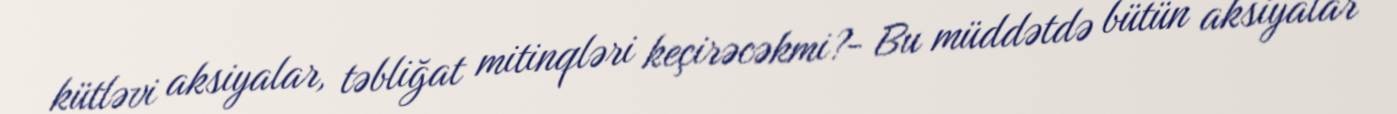
kütləvi aksiyalar, təbliğat mitinqləri keçirəcəkmi?- Bu müddətdə bütün aksiyalar